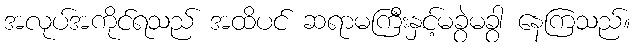
အလုပ်အကိုင်ရသည် အထိပင် ဆရာမကြီးနှင့်မခွဲမခွာ နေကြသည်။